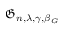
\mathfrak { G } _ { n , \lambda , \gamma , \beta _ { G } }